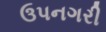
ઉપનગરી